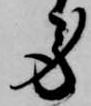
労